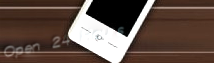
Open 24 Hours